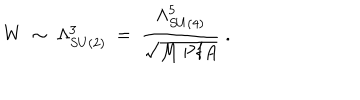
W ~ \sim ~ \Lambda _ { S U ( 2 ) } ^ { 3 } ~ = ~ { \frac { \Lambda _ { S U ( 4 ) } ^ { 5 } } { \sqrt { M ~ \mathrm { P f } A } } } ~ .